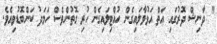
" ދާނިޝް ދޮރުގައި އަތް އަޅުވާލައިގެން ހުއްޓިލައިގެން ހުރި ގޮތުންވެސް ހަމަދު ކަންބޮޑުވިއެވެ.